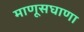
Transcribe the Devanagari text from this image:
माणूसघाणा